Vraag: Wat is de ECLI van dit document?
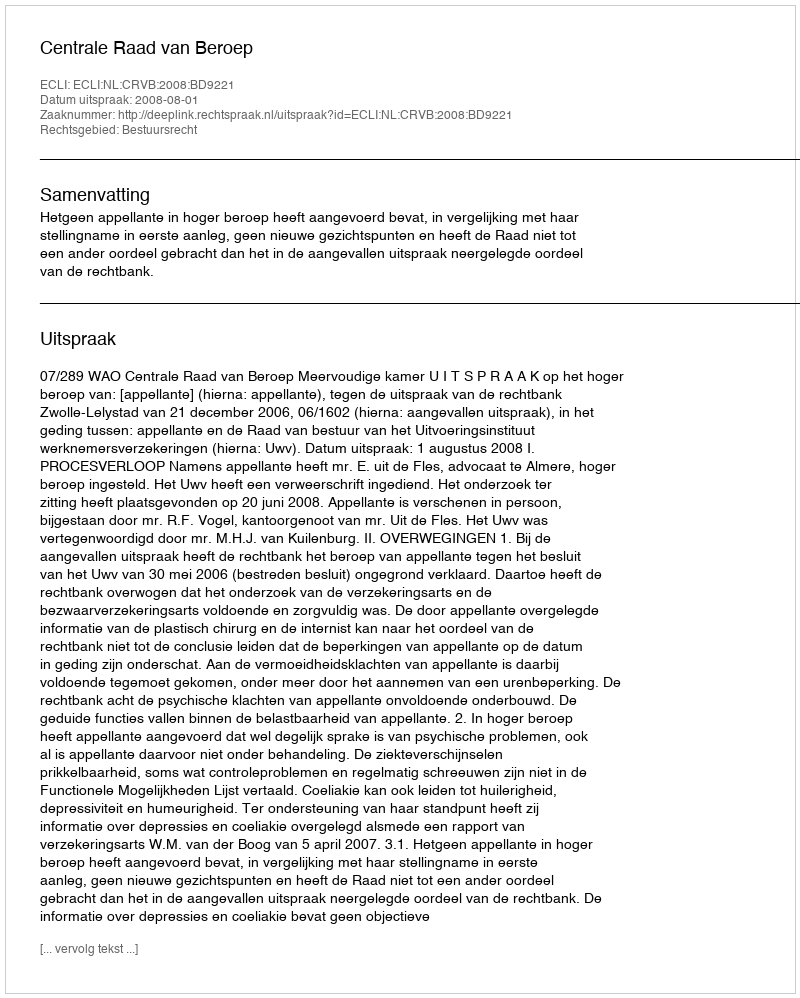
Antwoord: ECLI:NL:CRVB:2008:BD9221